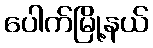
ပေါက်မြို့နယ်